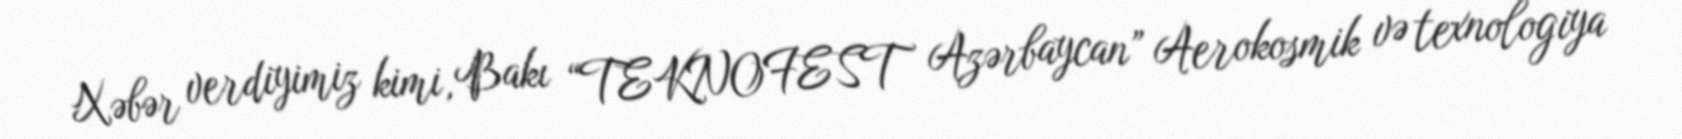
Xəbər verdiyimiz kimi, Bakı “TEKNOFEST Azərbaycan” Aerokosmik və texnologiya